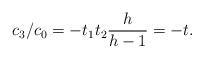
LaTeX: \begin{align*}c_3/c_0 = -t_1t_2 \frac {h}{h-1} = -t.\end{align*}